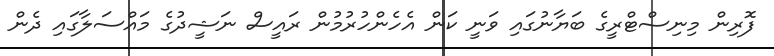
ފޮރިން މިނިސްޓްރީގެ ބަޔާނުގައި ވަނީ ކަން އެހެންހުރުމުން ރައީސް ނަޝީދުގެ މައްސަލާގައި ދެން